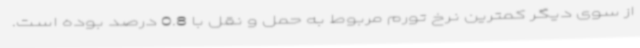
از سوی دیگر کمترین نرخ تورم مربوط به حمل و نقل با 0.8 درصد بوده است.